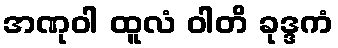
အဏုဝါ ထူလံ ဝါတိ ခုဒ္ဒကံ